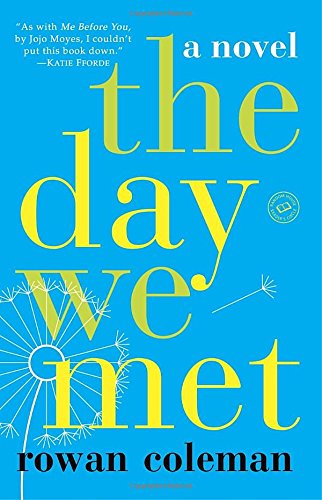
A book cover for The Day We Met: A Novel; Rowan Coleman; Literature & Fiction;